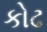
કોઢ